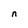
Character: n